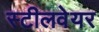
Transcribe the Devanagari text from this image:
स्टीलवेयर